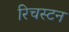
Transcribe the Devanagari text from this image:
रिचस्टन